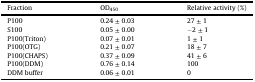
<table><thead><tr><td><b>Fraction</b></td><td><b>OD<sub>450</sub></b></td><td><b>Relative activity (%)</b></td></tr></thead><tbody><tr><td>P100</td><td>0.24 ± 0.03</td><td>27 ± 1</td></tr><tr><td>S100</td><td>0.05 ± 0.00</td><td>−2 ± 1</td></tr><tr><td>P100(Triton)</td><td>0.07 ± 0.01</td><td>1 ± 1</td></tr><tr><td>P100(OTG)</td><td>0.21 ± 0.07</td><td>18 ± 7</td></tr><tr><td>P100(CHAPS)</td><td>0.37 ± 0.09</td><td>41 ± 6</td></tr><tr><td>P100(DDM)</td><td>0.76 ± 0.14</td><td>100</td></tr><tr><td>DDM buffer</td><td>0.06 ± 0.01</td><td>0</td></tr></tbody></table>